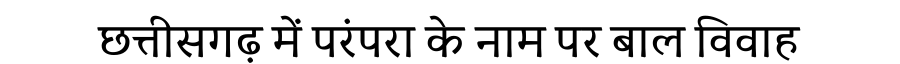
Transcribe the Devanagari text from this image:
छत्तीसगढ़ में परंपरा के नाम पर बाल विवाह